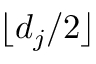
\lfloor d _ { j } / 2 \rfloor